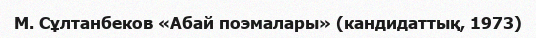
М. Сұлтанбеков «Абай поэмалары» (кандидаттық, 1973)